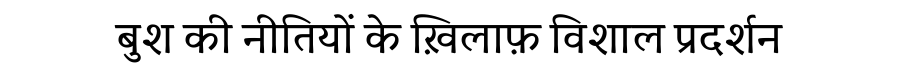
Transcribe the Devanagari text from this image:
बुश की नीतियों के ख़िलाफ़ विशाल प्रदर्शन